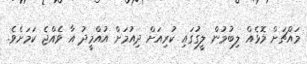
މައްޗަށް މޮޅެއް ލިބުމުން ލީގުގައި ކުރިއަށް ދިއުމަށް އުއްމީދު އާ ވެއްޖެ ކަމަށެވެ.